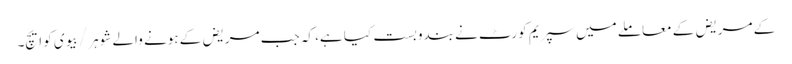
کے مریض کے معاملے میں سپریم کورٹ نے بندوبست کیا ہے، کہ جب مریض کے ہونے والے شوہر / بیوی کو ایچ۔